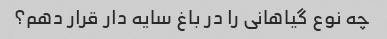
چه نوع گیاهانی را در باغ سایه دار قرار دهم؟